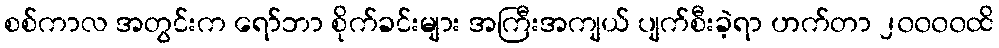
စစ်ကာလ အတွင်းက ရော်ဘာ စိုက်ခင်းများ အကြီးအကျယ် ပျက်စီးခဲ့ရာ ဟက်တာ ၂၀၀၀၀ထိ